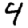
Digit: 4